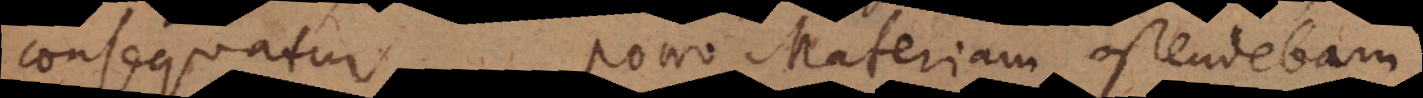
consequatur. Porro Materiam ostendebam